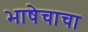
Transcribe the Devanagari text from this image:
भाषेचाचा